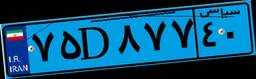
۷۵D۸۷۷۴۰